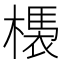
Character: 𣚝